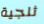
ثلجية